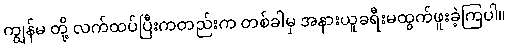
ကျွန်မ တို့ လက်ထပ်ပြီးကတည်းက တစ်ခါမှ အနားယူခရီးမထွက်ဖူးခဲ့ကြပါ။